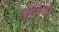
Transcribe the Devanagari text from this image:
नीतिचा